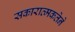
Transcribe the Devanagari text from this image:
सकारात्मकतेने